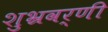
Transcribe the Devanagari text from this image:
शुभ्रवर्णी